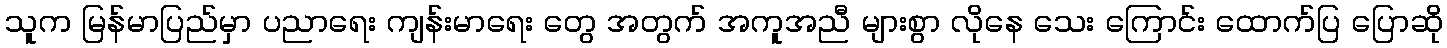
သူက မြန်မာပြည်မှာ ပညာရေး ကျန်းမာရေး တွေ အတွက် အကူအညီ များစွာ လိုနေ သေး ကြောင်း ထောက်ပြ ပြောဆို